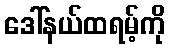
ဒေါ်နယ်ထရမ့်ကို